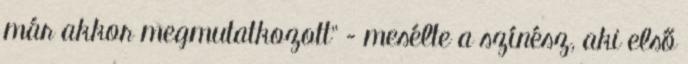
már akkor megmutatkozott” – mesélte a színész, aki első